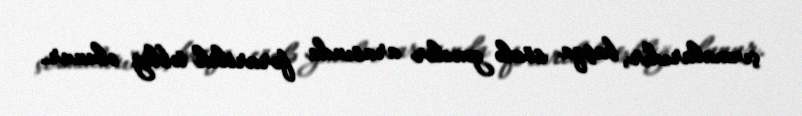
çıxmalarıdır, başqa sözlə gənclər arasında fərarilik təbliğ olunur.